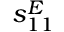
s _ { 1 1 } ^ { E }